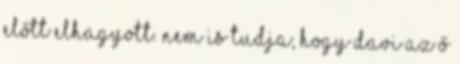
előtt elhagyott. Nem is tudja, hogy Davi az ő